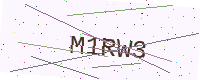
Text: M1RW3